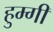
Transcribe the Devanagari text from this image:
हुम्गी